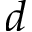
d